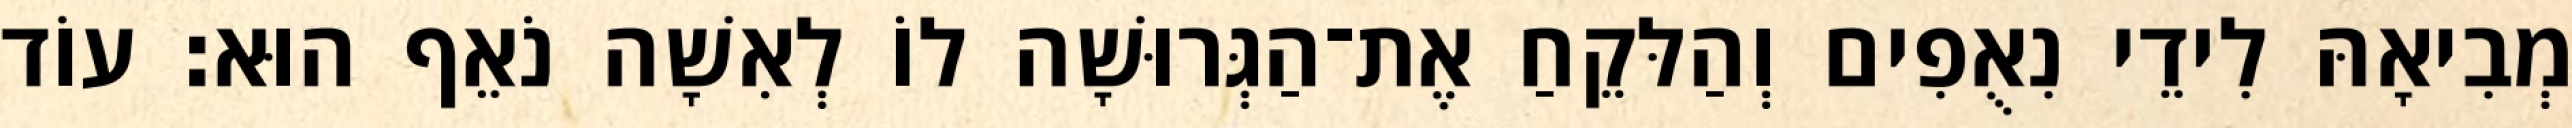
מְבִיאָהּ לִידֵי נִאֻפִים וְהַלּקֵחַ אֶת־הַגְּרוּשָׁה לוֹ לְאִשָׁה נֹאֵף הוּא׃ עוֹד